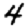
Digit: 4